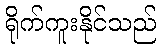
ရိုက်ကူးနိုင်သည်